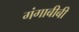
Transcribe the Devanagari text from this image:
गंगाबीबी